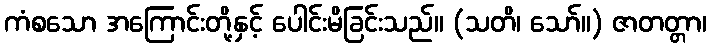
ကံစသော အကြောင်းတို့နှင့် ပေါင်းမိခြင်းသည်။ (သတိ၊ သော်။) ဇာတတ္တာ၊